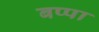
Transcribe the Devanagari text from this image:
बप्‍पा